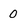
Character: 0